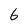
Character: 6